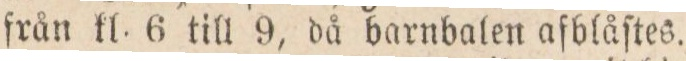
från kl. 6 till 9, då barnbalen afblåſtes.